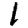
Digit: 1